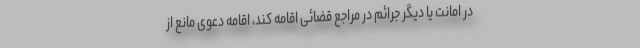
در امانت یا دیگر جرائم در مراجع قضائی اقامه کند، اقامه دعوی مانع از